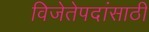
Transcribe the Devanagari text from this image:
विजेतेपदांसाठी